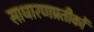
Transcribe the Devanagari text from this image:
साधारणप्रतीकों